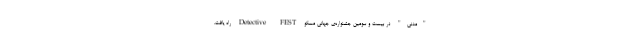
"مدنی" در بیست و سومین جشنواره‌ی جهانی مسکو Detective FEST راه یافت.